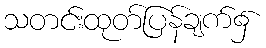
သတင်းထုတ်ပြန်ချက်၌